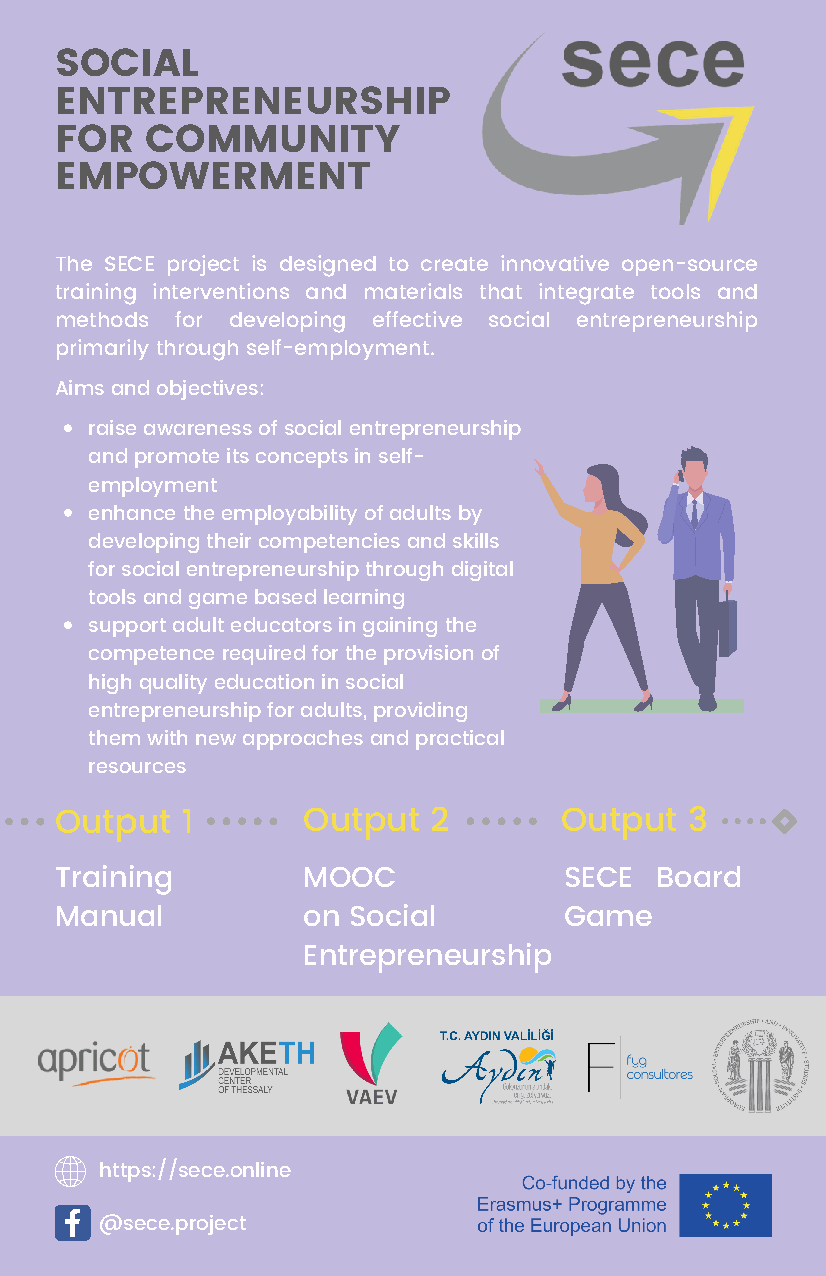
SOCIAL
 ENTREPRENEURSHIP
 FOR   COMMUNITY
 EMPOWERMENT
 The SECE project is designed to create innovative open-source
 training interventions and materials that integrate tools and
 methods for developing effective social entrepreneurship
 primarily through self-employment.
 Aims and objectives:
 raise awareness of social entrepreneurship
 and promote its concepts in self-
 employment
 enhance the employability of adults by
 developing their competencies and skills
 for social entrepreneurship through digital
 tools and game based learning
 support adult educators in gaining the
 competence required for the provision of
 high quality education in social
 entrepreneurship for adults, providing
 them with new approaches and practical
 resources
 Output  1       Output  2        Output  3
 Training        MOOC             SECE  Board
 Manual          on Social        Game
 Entrepreneurship
 https://sece.online
 @sece.project